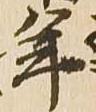
年